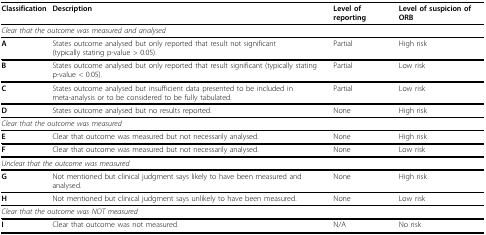
| Classification | Description | Level of reporting | Level of suspicion of ORB |
 | --- | --- | --- | --- |
 | <COLSPAN=4> Clear that the outcome was measured and analysed |
 | A | States outcome analysed but only reported that result not significant (typically stating p-value > 0.05). | Partial | High risk |
 | B | States outcome analysed but only reported that result significant (typically stating p-value < 0.05). | Partial | Low risk |
 | C | States outcome analysed but insufficient data presented to be included in meta-analysis or to be considered to be fully tabulated. | Partial | Low risk |
 | D | States outcome analysed but no results reported. | None | High risk |
 | <COLSPAN=4> Clear that the outcome was measured |
 | E | Clear that outcome was measured but not necessarily analysed. | None | High risk |
 | F | Clear that outcome was measured but not necessarily analysed. | None | Low risk |
 | <COLSPAN=4> Unclear that the outcome was measured |
 | G | Not mentioned but clinical judgment says likely to have been measured and analysed. | None | High risk |
 | H | Not mentioned but clinical judgment says unlikely to have been measured. | None | Low risk |
 | <COLSPAN=4> Clear that the outcome was NOT measured |
 | I | Clear that outcome was not measured. | N/A | No risk |